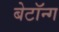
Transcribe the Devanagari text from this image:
बेटॉन्ग